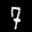
Label: 7